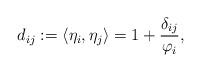
LaTeX: \begin{align*} d_{ij}:=\langle\eta_i,\eta_j\rangle=1+\frac{\delta_{ij}}{\varphi_i},\end{align*}